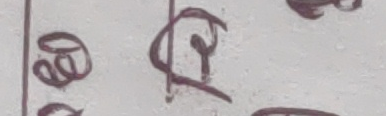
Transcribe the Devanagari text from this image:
६१८